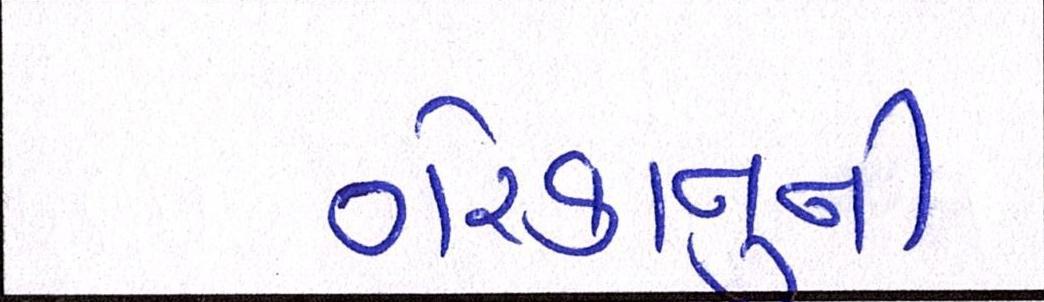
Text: ગેરકાનૂની